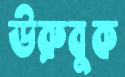
উরুবুক